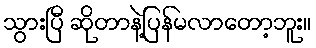
သွားပြီ ဆိုတာနဲ့ပြန်မလာတော့ဘူး။